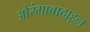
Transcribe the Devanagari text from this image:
औरंगाबादाहून